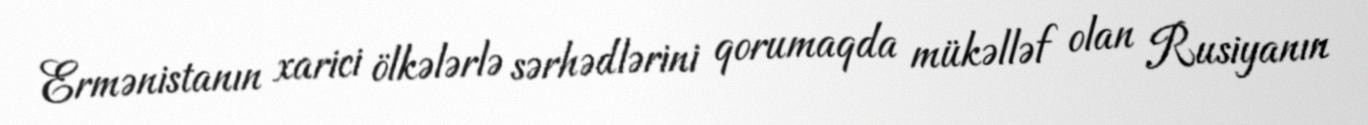
Ermənistanın xarici ölkələrlə sərhədlərini qorumaqda mükəlləf olan Rusiyanın